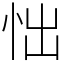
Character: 㤕